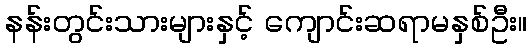
နန်းတွင်းသားများနှင့် ကျောင်းဆရာမနှစ်ဦး။